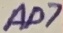
Text: AD7